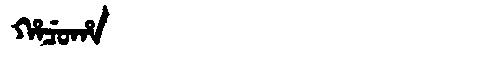
Manchu: ᡥᠠᠴᡠᡥᠠ
Romanization: HACUHA